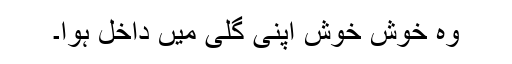
وہ خوش خوش اپنی گلی میں داخل ہوا۔